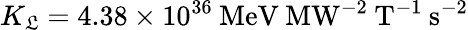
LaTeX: K_{\mathfrak{L}}=4.38\times10^{36}\mathrm{{\: MeV\: MW^{-2}\: T^{-1}\: s^{-2}}}